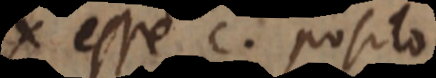
x esse c, posito